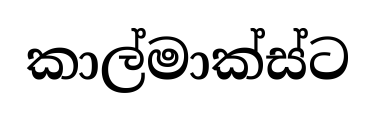
කාල්මාක්ස්ට